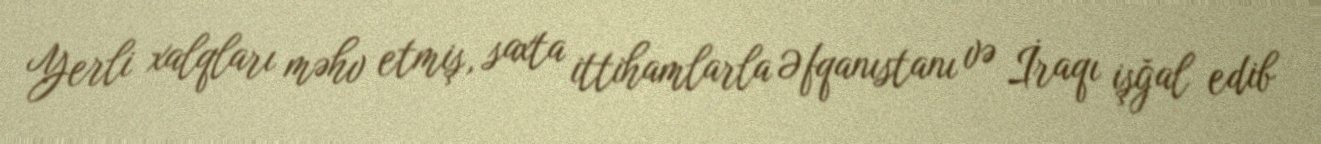
Yerli xalqları məhv etmiş, saxta ittihamlarla Əfqanıstanı və İraqı işğal edib